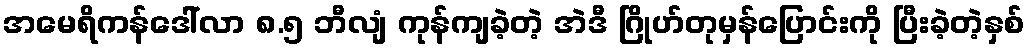
အမေရိကန်ဒေါ်လာ ၈.၅ ဘီလျံ ကုန်ကျခဲ့တဲ့ အဲဒီ ဂြိုဟ်တုမှန်ပြောင်းကို ပြီးခဲ့တဲ့နှစ်